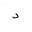
Letter: _dal